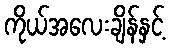
ကိုယ်အလေးချိန်နှင့်